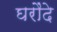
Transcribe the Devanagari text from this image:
घरौंदे